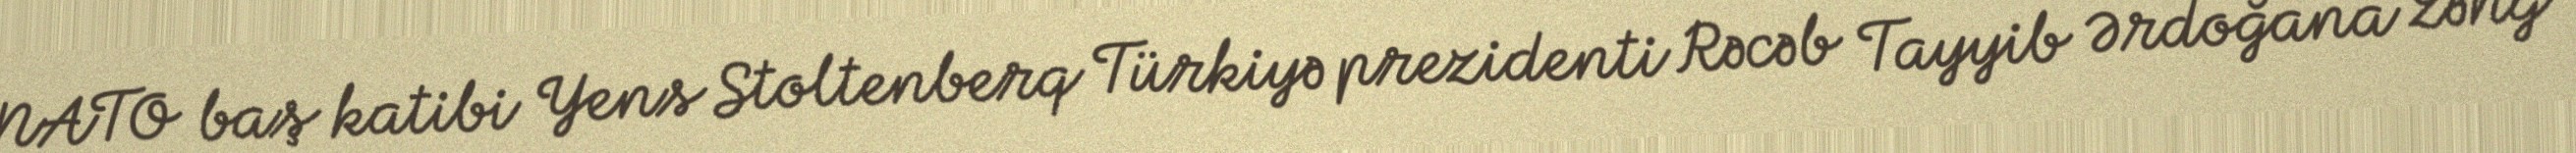
NATO baş katibi Yens Stoltenberq Türkiyə prezidenti Rəcəb Tayyib Ərdoğana zəng